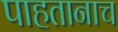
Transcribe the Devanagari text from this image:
पाहतानाच